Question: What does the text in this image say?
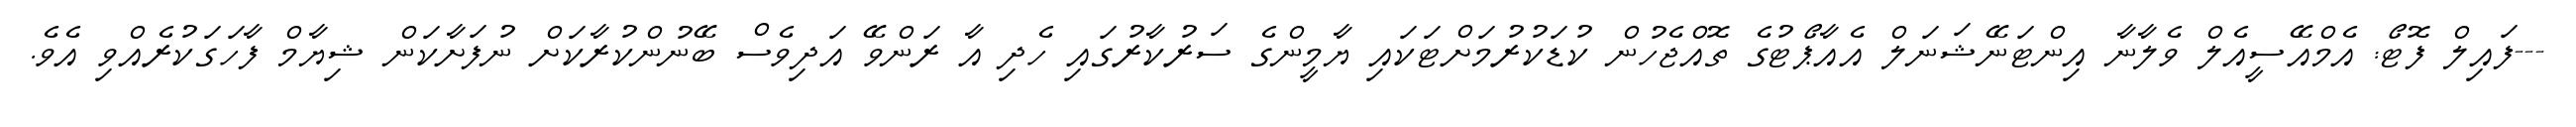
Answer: ---ފައިލް ފޮޓޯ: އެމްއޭސީއެލް ވެލާނާ އިންޓަނޭޝަނަލް އެއާޕޯޓުގެ ތޮއްޖެހުން ކުޑަކުރުމަށްޓަކައި ޔާމީންގެ ސަރުކާރުގައި ހެދި އާ ރަންވޭ އަދިވެސް ބޭނުންކުރާކަށް ނުފަށާކަން ޝިޔާމް ފާހަގަކުރެއްވި އެވެ.